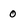
Character: 0